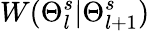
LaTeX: W(\Theta_{l}^{s}|\Theta_{l+1}^{s})